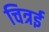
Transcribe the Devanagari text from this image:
चित्रई